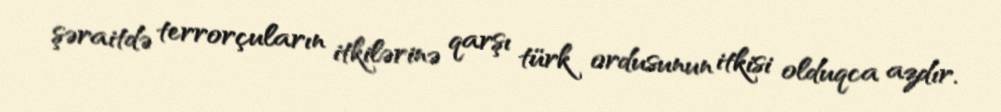
şəraitdə terrorçuların itkilərinə qarşı türk ordusunun itkisi olduqca azdır.